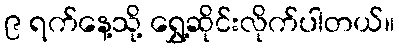
၉ ရက်နေ့သို့ ရွှေ့ဆိုင်းလိုက်ပါတယ်။